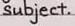
subject.